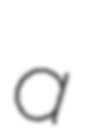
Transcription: a